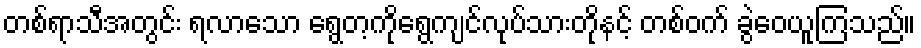
တစ်ရာသီအတွင်း ရလာသော ရွေတ့ကိုရွေကျင်လုပ်သားတိုနင့် တစ်ဝက် ခွဲဝေယူကြသည်။